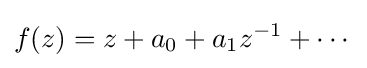
f(z)=z+a_{0}+a_{1}z^{-1}+\cdots